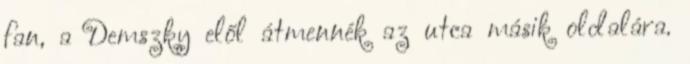
fan, a Demszky elől átmennék az utca másik oldalára.